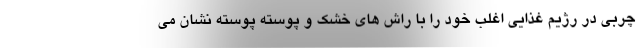
چربی در رژیم غذایی اغلب خود را با راش های خشک و پوسته پوسته نشان می